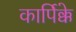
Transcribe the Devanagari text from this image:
कार्पिक्के